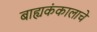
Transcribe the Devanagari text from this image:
बाह्यकंकालाचे